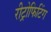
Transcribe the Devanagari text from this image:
रीट्रोफिटिंग